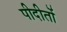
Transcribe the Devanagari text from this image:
पीदीतों